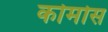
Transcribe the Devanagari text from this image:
कोमोस